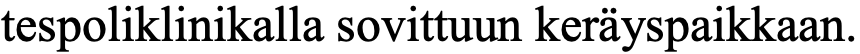
tespoliklinikalla sovittuun keräyspaikkaan.